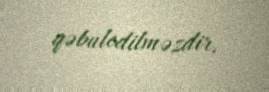
qəbuledilməzdir.